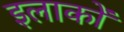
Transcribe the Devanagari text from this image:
इलाकाें